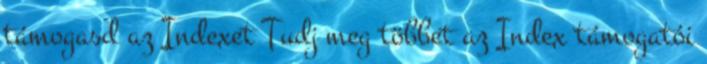
támogasd az Indexet Tudj meg többet az Index támogatói